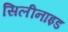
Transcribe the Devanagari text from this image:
सिलीनाइड